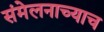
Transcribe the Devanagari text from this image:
संमेलनाच्याच